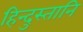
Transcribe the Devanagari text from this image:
हिन्दुस्तानि